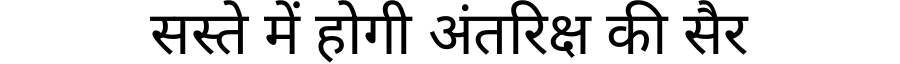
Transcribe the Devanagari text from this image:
सस्ते में होगी अंतरिक्ष की सैर